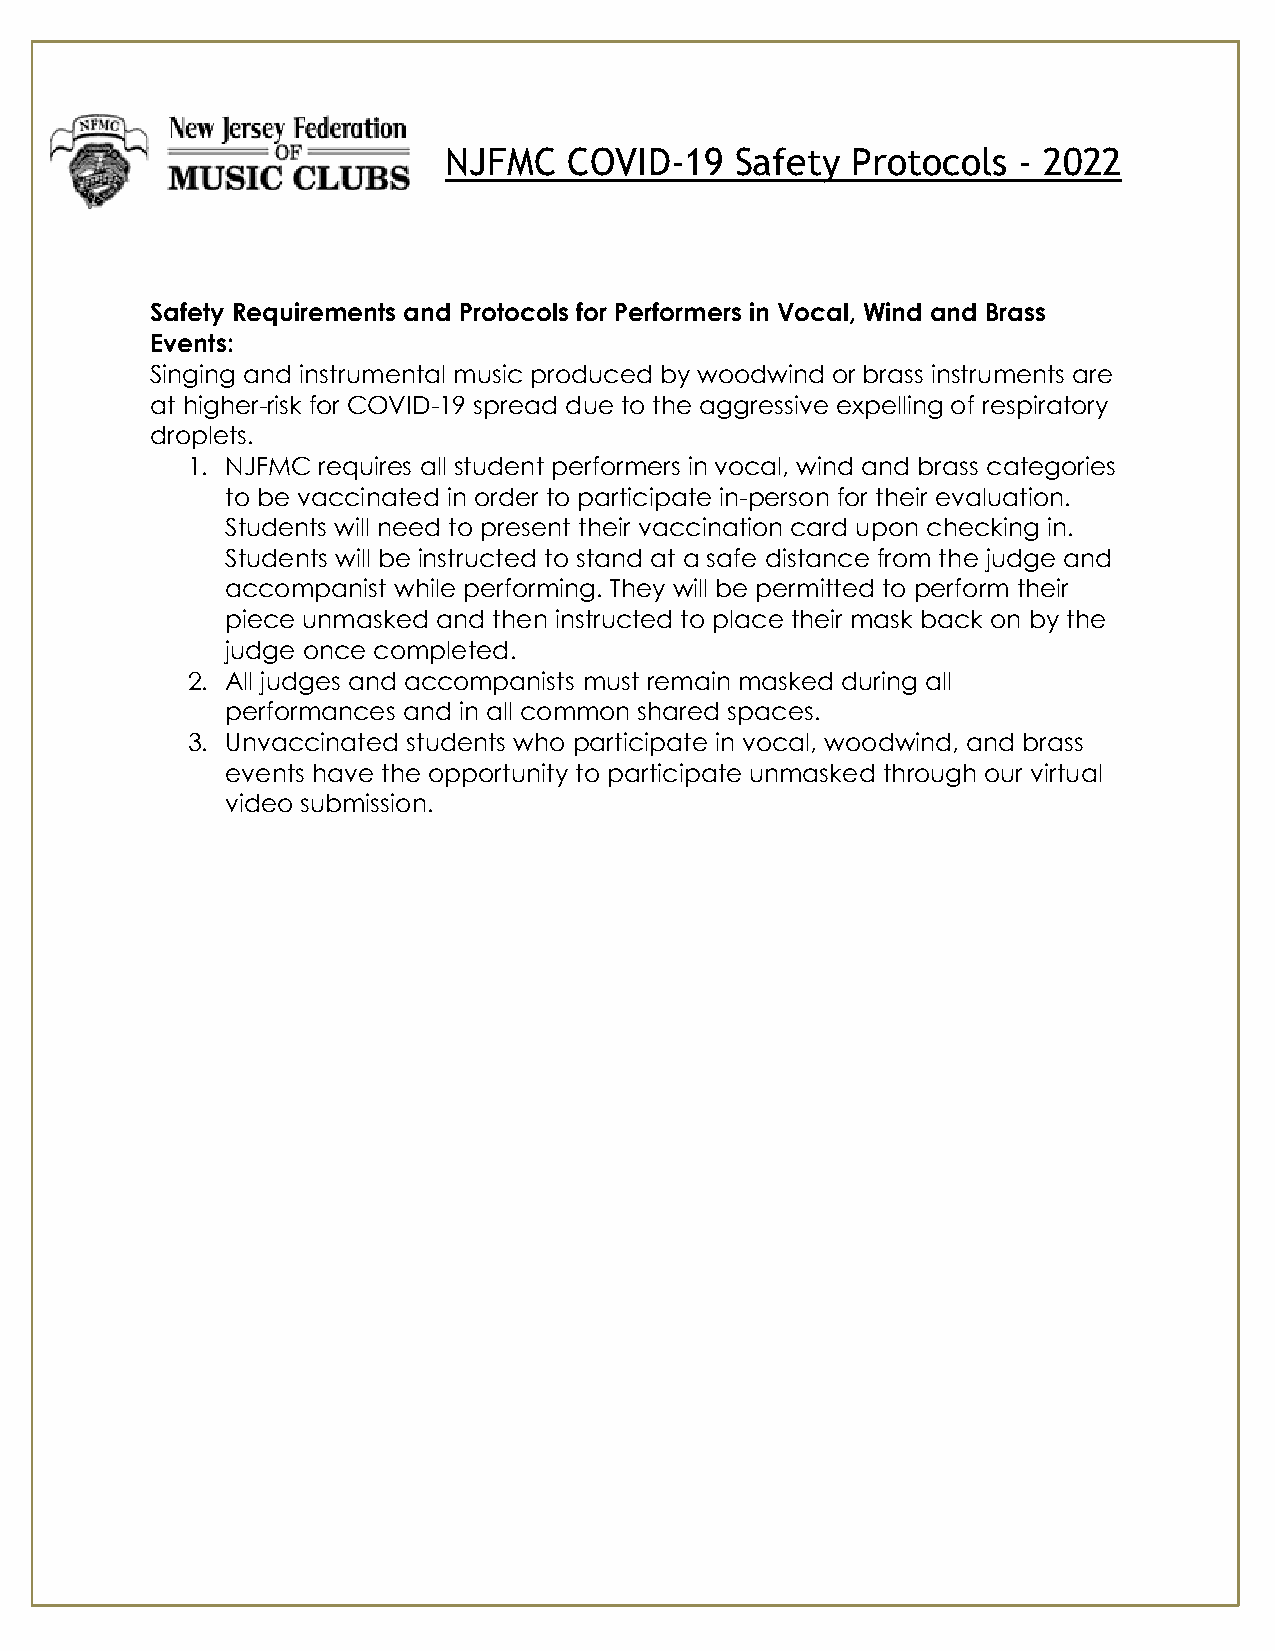
NJFMC    COVID-19   Safety Protocols  - 2022
 Safety Requirements and Protocols for Performers in Vocal, Wind and Brass
 Events:
 Singing and instrumental music produced by woodwind or brass instruments are
 at higher-risk for COVID-19 spread due to the aggressive expelling of respiratory
 droplets.
 1. NJFMC requires all student performers in vocal, wind and brass categories
 to be vaccinated in order to participate in-person for their evaluation.
 Students will need to present their vaccination card upon checking in.
 Students will be instructed to stand at a safe distance from the judge and
 accompanist while performing. They will be permitted to perform their
 piece unmasked and then instructed to place their mask back on by the
 judge once completed.
 2. All judges and accompanists must remain masked during all
 performances and in all common shared spaces.
 3. Unvaccinated students who participate in vocal, woodwind, and brass
 events have the opportunity to participate unmasked through our virtual
 video submission.